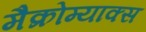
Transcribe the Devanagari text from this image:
मैक्रोम्याक्स